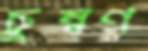
চুম্বণ